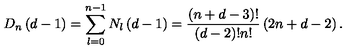
D _ { n } \left( d - 1 \right) = \sum _ { l = 0 } ^ { n - 1 } N _ { l } \left( d - 1 \right) = \frac { \left( n + d - 3 \right) ! } { \left( d - 2 \right) ! n ! } \left( 2 n + d - 2 \right) .